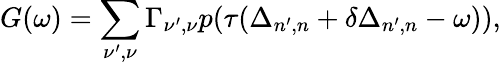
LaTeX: G(\omega)=\sum_{\nu^{\prime},\nu}\Gamma_{\nu^{\prime},\nu}p(\tau(\Delta_{n^{\prime},n}+\delta\Delta_{n^{\prime},n}-\omega)),